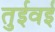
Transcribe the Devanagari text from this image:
तुईवई